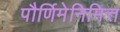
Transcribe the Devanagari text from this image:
पौर्णिमेनिमित्त